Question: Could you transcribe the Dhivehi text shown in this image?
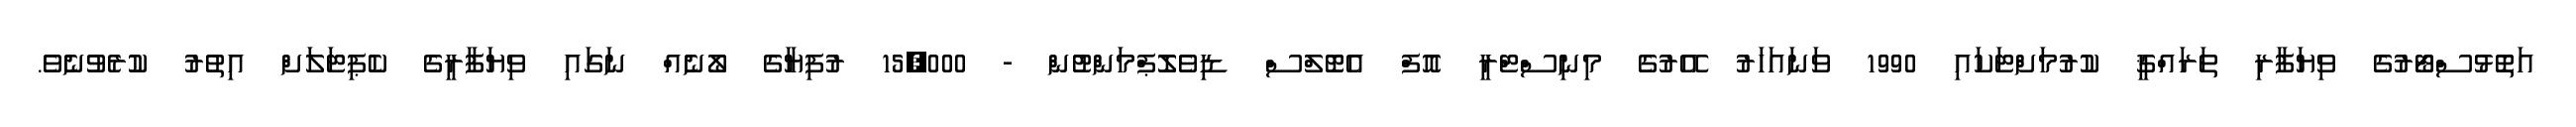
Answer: އަތޮޅުސްޓޯރުގެ ވިޔަފާރި ތަރައްޤީ ކުރުމަށްޓަކައި 1990 ވަނައަހަރު އޭރުގެ މިނިސްޓްރީ އޮފް އެޓޮލްސް ޑިވެލޮޕްމަންޓުން - 15,000 ރުފިޔާގެ ލޯނެއް ނަގައި ވިޔަފާރީގެ ކެޕިޓަލަށް އިތުރު ކުރެވުނެވެ.